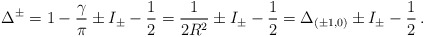
\begin{align*}\Delta ^{\pm }=1-\frac{\gamma }{\pi }\pm I_{\pm }-\frac{1}{2}=\frac{1}{2R^{2}}\pm I_{\pm }-\frac{1}{2}=\Delta _{(\pm 1,0)}\pm I_{\pm }-\frac{1}{2}\, .\end{align*}